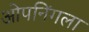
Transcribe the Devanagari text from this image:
ओपनिंगला